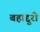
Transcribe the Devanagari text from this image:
बहाद्दुरी